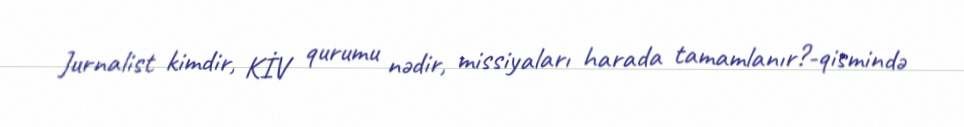
Jurnalist kimdir, KİV qurumu nədir, missiyaları harada tamamlanır?-qismində